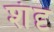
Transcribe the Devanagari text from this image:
शंदृ